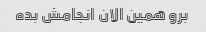
برو همین الان انجامش بده